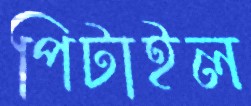
পিটাইল